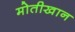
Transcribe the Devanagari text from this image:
मोतीखान